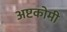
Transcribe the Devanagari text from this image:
अष्टकोमी